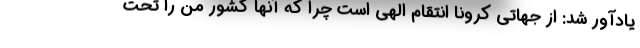
یادآور شد: از جهاتی کرونا انتقام الهی است چرا که آنها کشور من را تحت